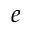
e